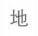
地